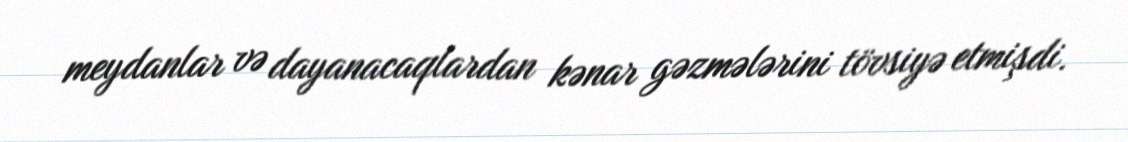
meydanlar və dayanacaqlardan kənar gəzmələrini tövsiyə etmişdi.